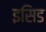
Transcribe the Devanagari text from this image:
इसिड